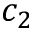
c _ { 2 }